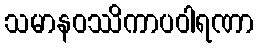
သမာနဝဿိကာပဝါရဏာ